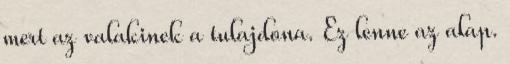
mert az valakinek a tulajdona. Ez lenne az alap.